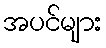
အပင်များ